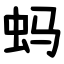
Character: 蚂